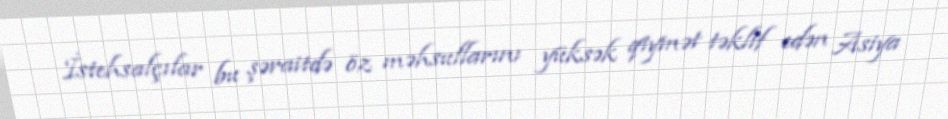
İstehsalçılar bu şəraitdə öz məhsullarını yüksək qiymət təklif edən Asiya